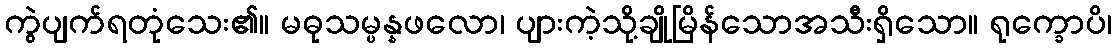
ကွဲပျက်ရတုံသေး၏။ မဓုသမ္ပန္နဖလော၊ ပျားကဲ့သို့ချိုမြိန်သောအသီးရှိသော။ ရုက္ခောပိ၊